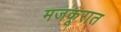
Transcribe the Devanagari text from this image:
मजकूरात